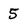
Character: 5